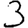
Digit: 3